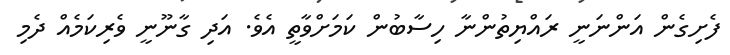
ފެށިގެން އަންނަނީ ރައްޔިތުންނާ ހިސާބުން ކަމަށްވާތީ އެވެ. އަދި ގާނޫނީ ވެރިކަމެއް ދެމި